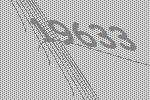
19633